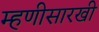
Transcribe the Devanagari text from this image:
म्हणीसारखी